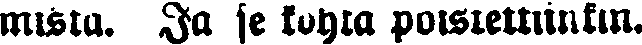
mista. Ja se kohta poistettiinkin.